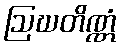
ဩဃတိဏ္ဏံ